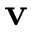
\mathbf { v }